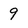
Character: 9